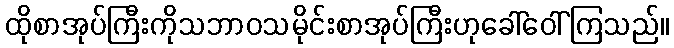
ထိုစာအုပ်ကြီးကိုသဘာဝသမိုင်းစာအုပ်ကြီးဟုခေါ်ဝေါ်ကြသည်။